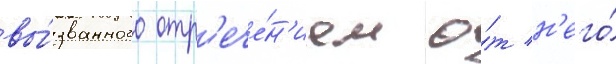
вы́званного отр'ече́н'ием о́т н'его́